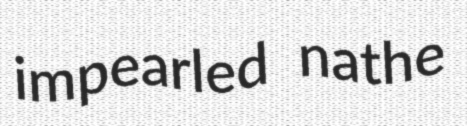
impearled nathe